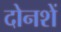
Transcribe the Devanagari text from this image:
दोनशें